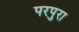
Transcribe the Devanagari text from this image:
परपुरा